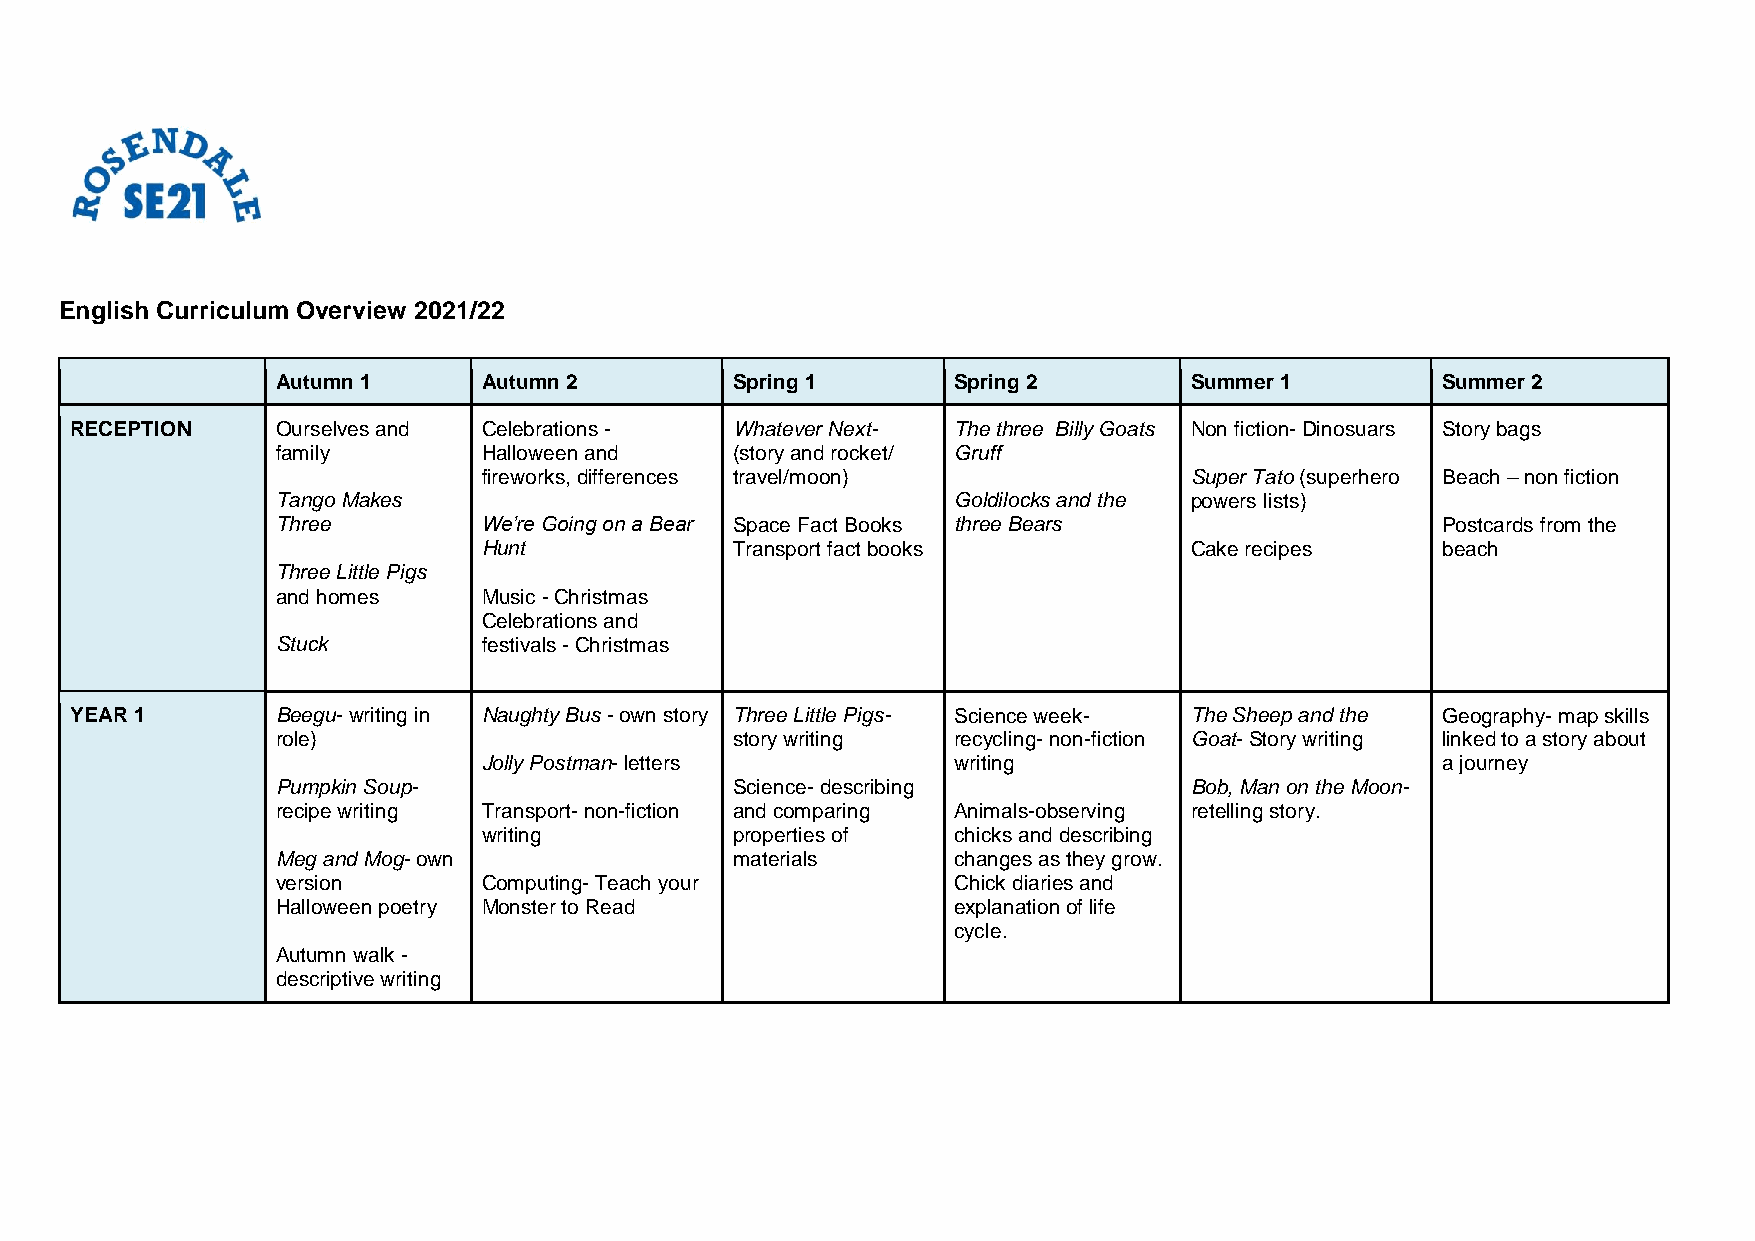
English Curriculum Overview 2021/22
 Autumn 1      Autumn 2         Spring 1      Spring 2        Summer 1        Summer 2
 RECEPTION    Ourselves and Celebrations -   Whatever Next- The three Billy Goats Non fiction- Dinosuars Story bags
 family        Halloween and    (story and rocket/ Gruff
 fireworks, differences travel/moon)            Super Tato (superhero Beach – non fiction
 Tango Makes                                  Goldilocks and the powers lists)
 Three         We’re Going on a Bear Space Fact Books three Bears             Postcards from the
 Hunt             Transport fact books          Cake recipes    beach
 Three Little Pigs
 and homes     Music - Christmas
 Celebrations and
 Stuck         festivals - Christmas
 YEAR 1       Beegu- writing in Naughty Bus - own story Three Little Pigs- Science week- The Sheep and the Geography- map skills
 role)                          story writing recycling- non-fiction Goat- Story writing linked to a story about
 Jolly Postman- letters         writing                         a journey
 Pumpkin Soup-                  Science- describing           Bob, Man on the Moon-
 recipe writing Transport- non-fiction and comparing Animals-observing retelling story.
 writing          properties of chicks and describing
 Meg and Mog- own               materials     changes as they grow.
 version       Computing- Teach your          Chick diaries and
 Halloween poetry Monster to Read             explanation of life
 cycle.
 Autumn walk -
 descriptive writing